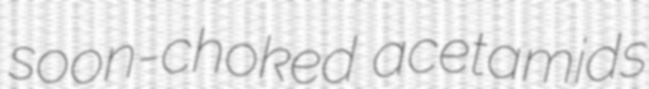
soon-choked acetamids